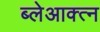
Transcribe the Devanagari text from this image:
ब्लेआक्त्न